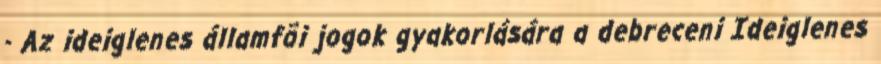
- Az ideiglenes államfõi jogok gyakorlására a debreceni Ideiglenes